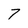
Character: 7